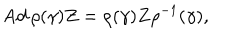
\mathrm { A d } \, \rho ( \gamma ) Z = \rho ( \gamma ) Z \rho ^ { - 1 } ( \gamma ) ,